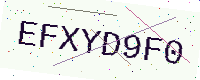
Text: EFXYD9F0